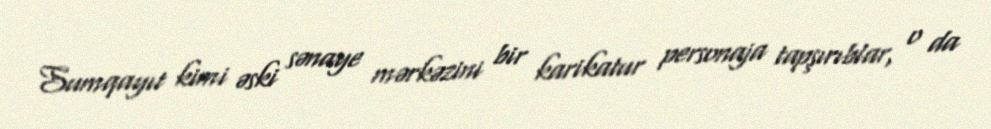
Sumqayıt kimi əski sənaye mərkəzini bir karikatur personaja tapşırıblar, o da